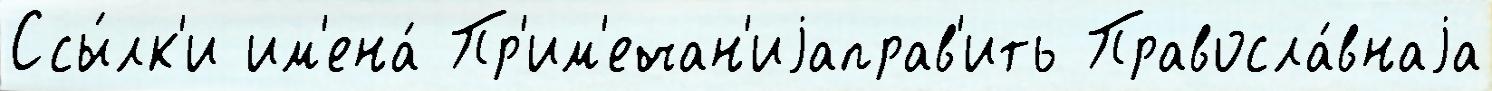
Ссы́лк'и им'ена́ Пр'им'ечан'иjаправ'ить Правосла́внаjа